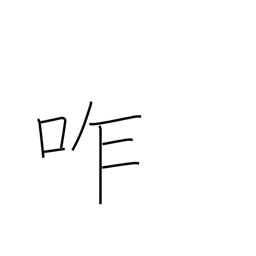
Meaning: chew